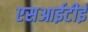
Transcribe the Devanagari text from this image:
एसआईटीई